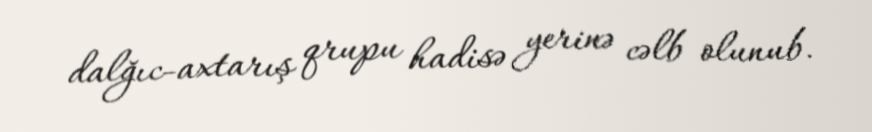
dalğıc-axtarış qrupu hadisə yerinə cəlb olunub.